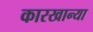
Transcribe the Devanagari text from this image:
कारखान्या